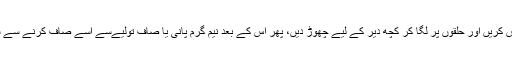
آنکھوں کے حلقوں کے گرد ناریل کے تیل کی مالش کریں اور حلقوں پر لگا کر کچھ دیر کے لیے چھوڑ دیں، پھر اس کے بعد نیم گرم پانی یا صاف تولیےسے اسے صاف کرنے سے سیاہ حلقوں میں حیرت انگیز کمی دکھائی دیتی ہے۔